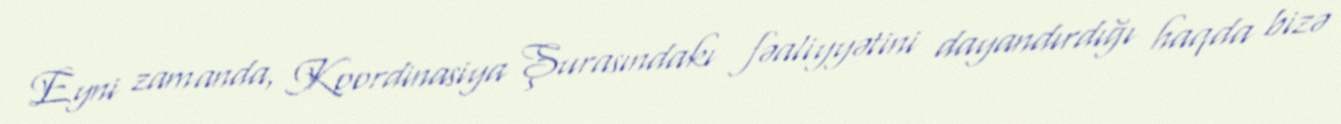
Eyni zamanda, Koordinasiya Şurasındakı fəaliyyətini dayandırdığı haqda bizə